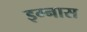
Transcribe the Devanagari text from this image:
इग्नास